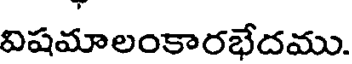
విషమాలంకారభేదము.